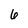
Character: 6